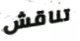
تناقش